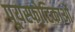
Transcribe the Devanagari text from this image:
पूयस्फोटिकाओं